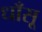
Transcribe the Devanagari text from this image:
धाँसू